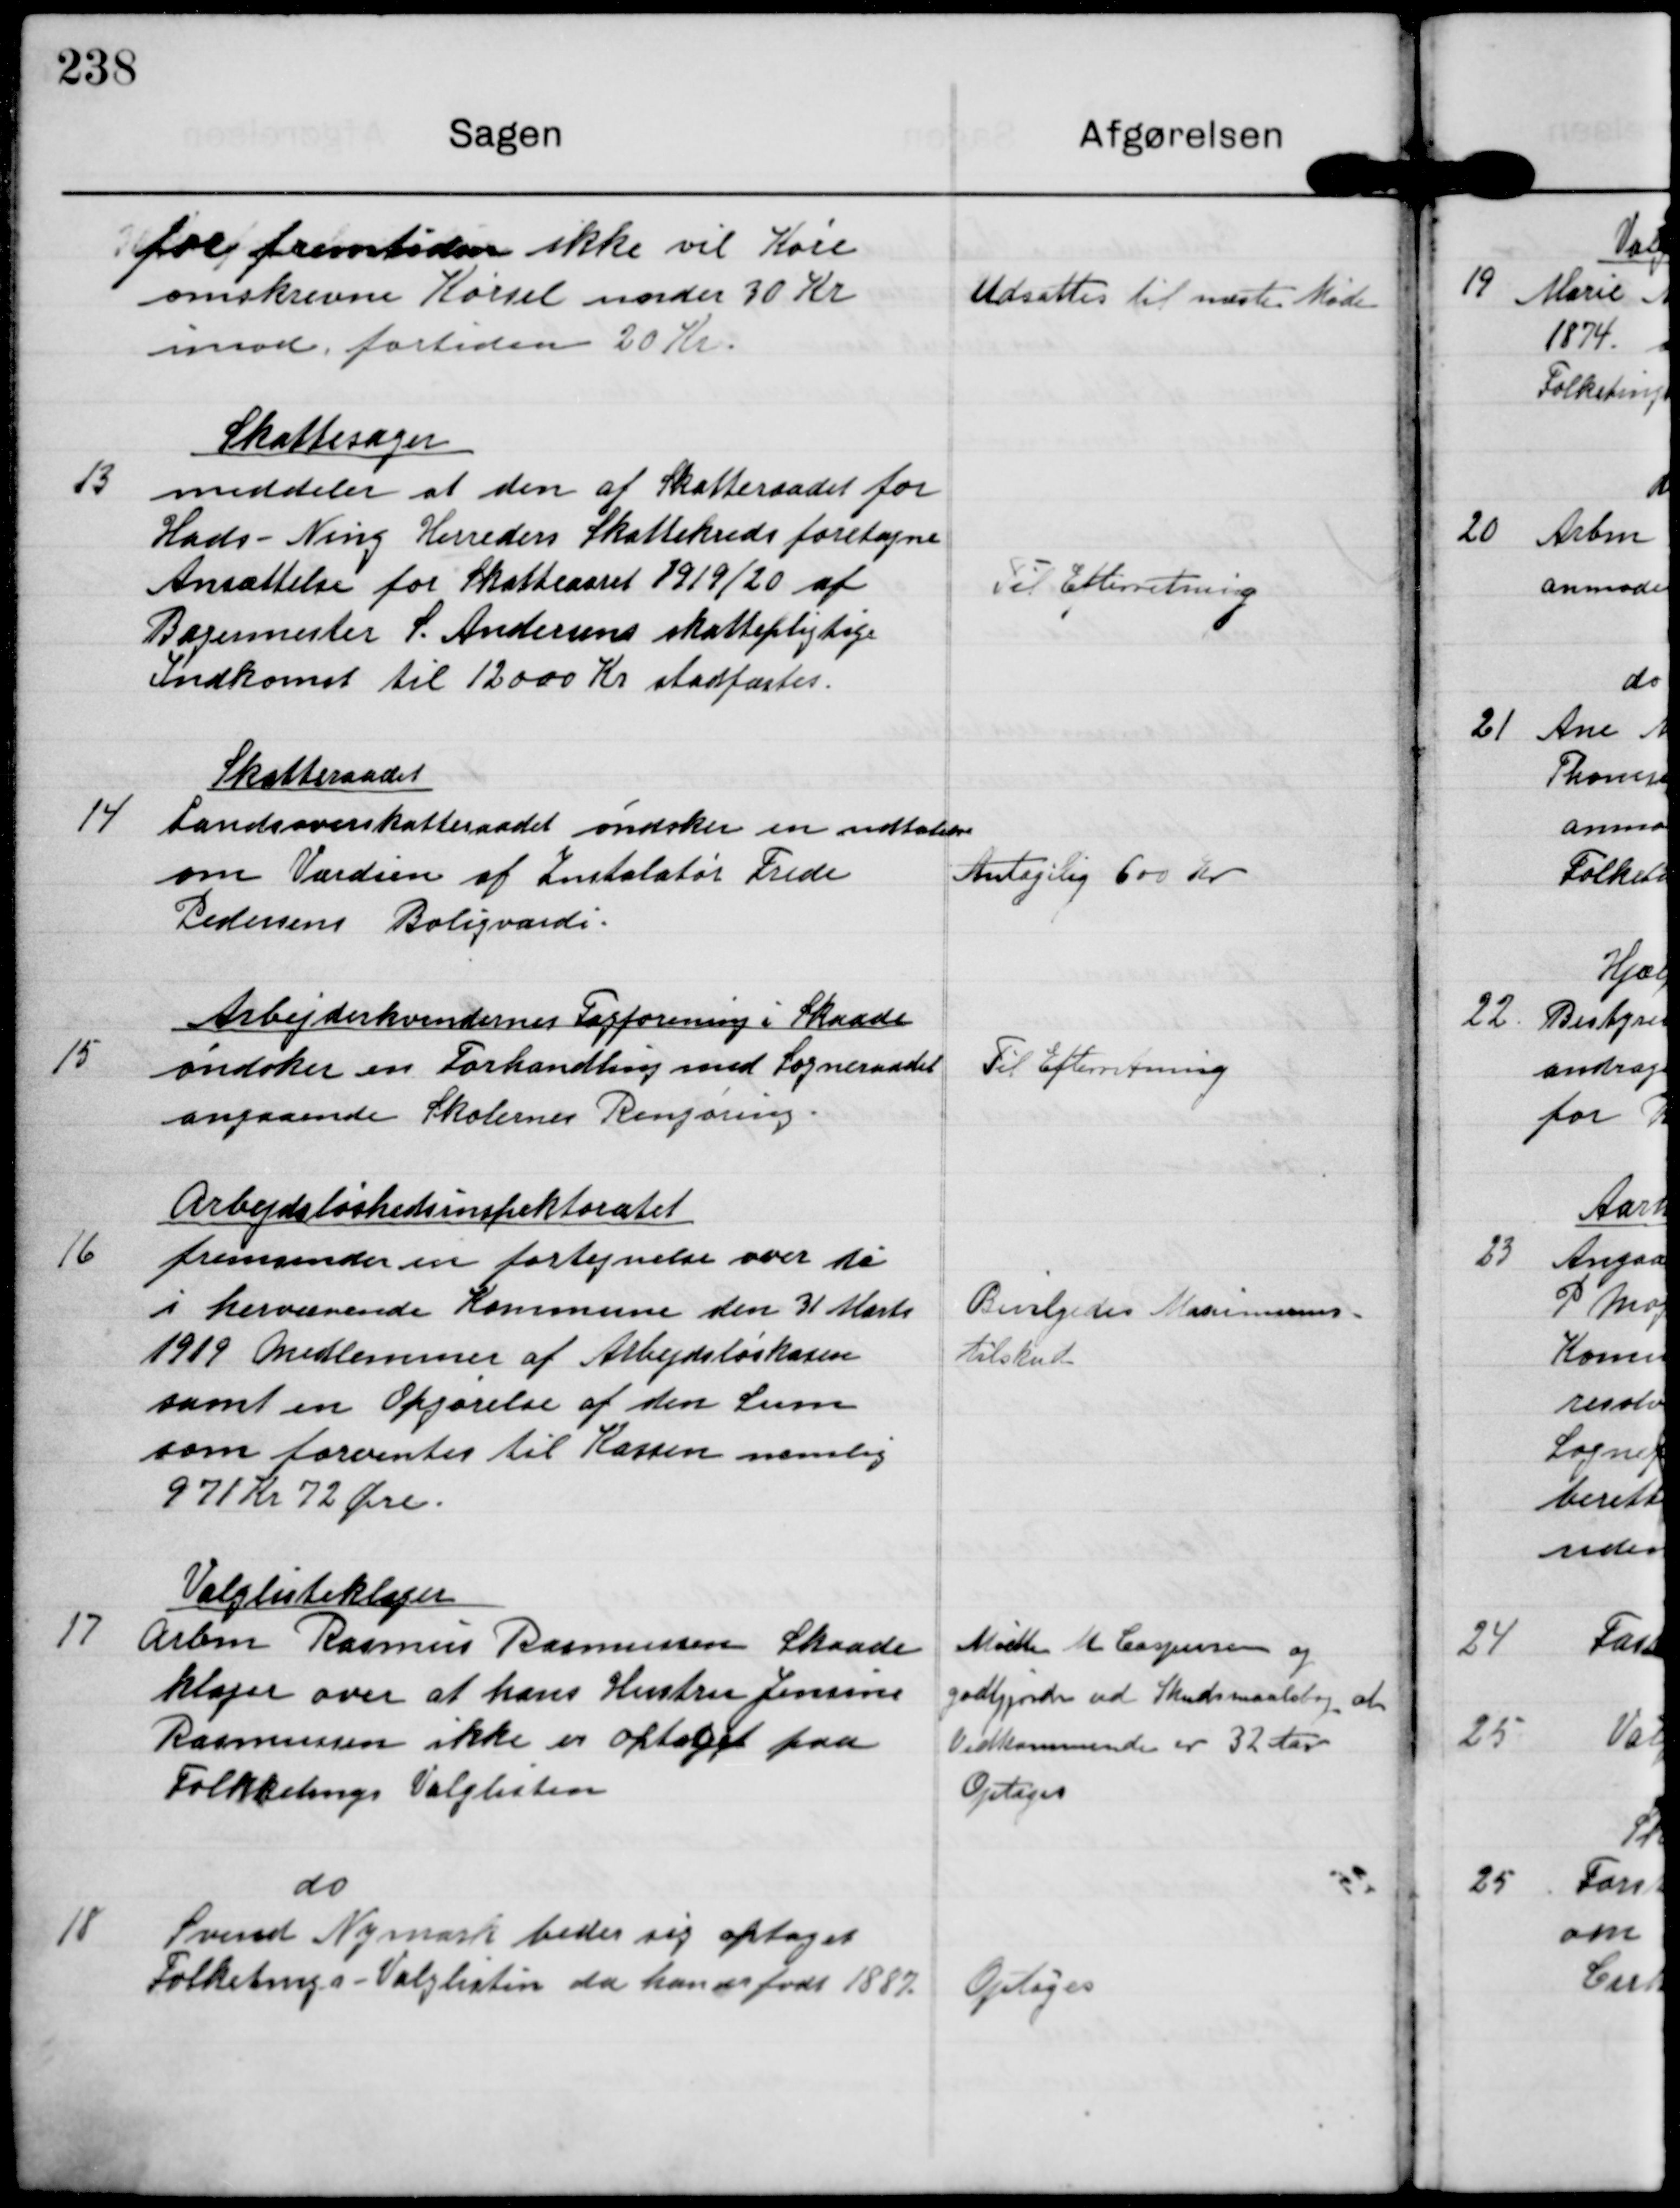
Transskription:
for fremtiden ikke vil Køre
omskrevne Kørsel under 30 Kr
imod fortiden 20 Kr.

Udsattes til næste Møde

13

Skattesager
meddeler at den af Skatteraadet for
Hads-Ning Herreders Skattekreds foretagne
Ansættelse for Skatteaaret 1919/20 af
Bagermester S. Andersens skattepligtige
Indkomst til 12000 Kr stadfæstes.

Til Efterretning

14

Skatteraadet
Landsoverskatteraadet øndsker en udtalelse
om Værdien af Instalatør Frede
Pedersens Boligværdi

Antagelig 600 Kr

15

Arbejderkvindernes Fagforening i Skaade
øndsker en Forhandling med Sogneraadet
angaaende Skolernes Rengøring

Til Efterretning

16

Arbejdsløshedsinspektoratet
fremsender en fortegnelse over de
i herværende Kommune den 31 Marts
1919 Medlemmer af Arbejdsløskassen
som en Opgørelse af den Sum
som forventes til Kassen memlig
971 Kr 72 Øre.

Bevilgedes Maksimums.
tilskud

17

Valglisteklager
Arbm Rasmus Rasmussen Skaade
klager over af hans Hustru Jensine
Rasmussen ikke er optaget paa
Folketings Valglisten

Mødte M Caspersen og
godtgjorde ved Skudsmaalsbog at
Vedkommende er 32 Aar
Optages

18

do
Svend Nymark beder sig optage
Folketings-Valglisten da han er født 1882

Optages